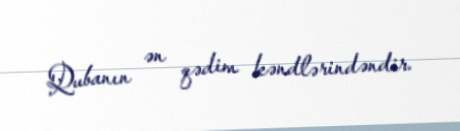
Qubanın ən qədim kəndlərindəndir.